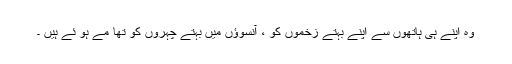
وہ اپنے ہی ہاتھوں سے اپنے بہتے زخموں کو ، آنسوؤں میں بہتے چہروں کو تھا مے ہو ئے ہیں ۔